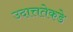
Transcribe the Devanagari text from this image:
उदात्ततेकडे